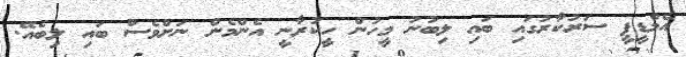
އެމްޑީޕީ ސަރުކާރުގައި ބައި ލިބުނު މީހުން ހީކުރާނީ އެންމެން ނަށްވެސް ބައި ލިބެއޭ.